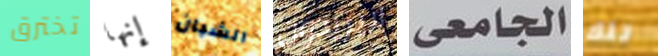
تخترق إنها الشبان لايريدون الجامعى تلك